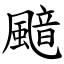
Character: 䬓